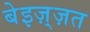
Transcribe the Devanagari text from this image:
बेइज़्ज़त